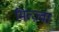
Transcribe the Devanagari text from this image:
मित्ज़्वा